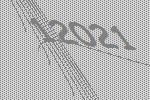
12021